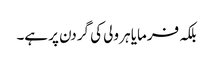
بلکہ فرمایا ہر ولی کی گردن پر ہے۔